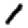
Digit: 1